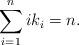
LaTeX: \begin{align*} \sum_{i=1}^n ik_i = n.\end{align*}